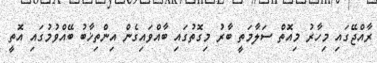
ރާއްޖޭގައި މިހާރު މިއޮތް ސަލާމަތީ ބާރު މިގޮތުގައި ބާއްވައިގެން އިންތިޚާބު ބޭއްވުމުގައި އޮތީ